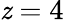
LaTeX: \mathit{z}=4